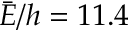
\bar { E } / h = 1 1 . 4